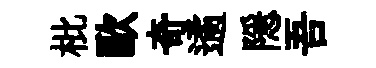
枇歐奇遹隠吾